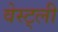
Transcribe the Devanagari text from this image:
वेस्ट्ली